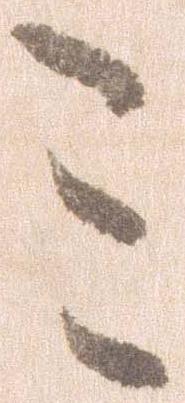
ミ